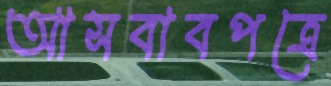
আসবাবপত্রে